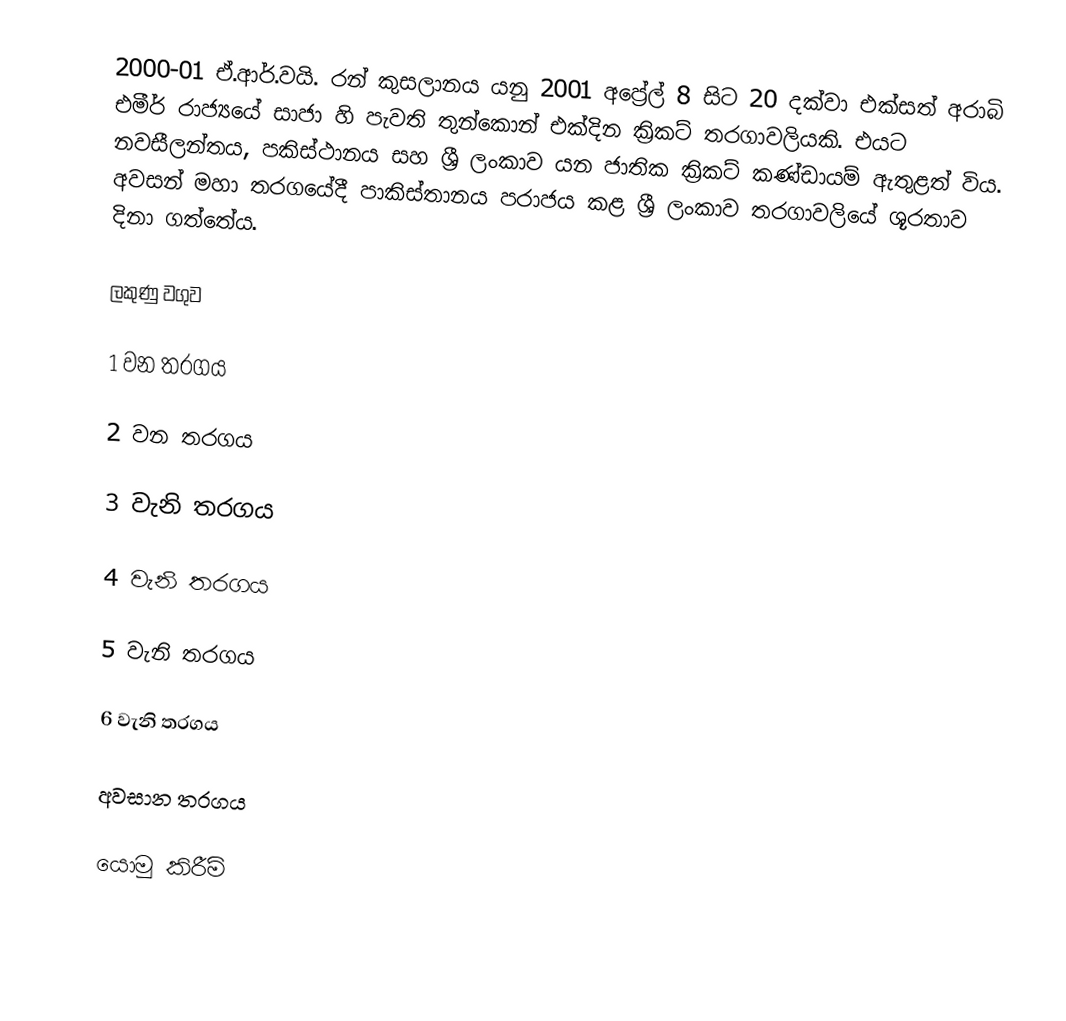
2000-01 ඒ.ආර්.වයි. රන් කුසලානය යනු 2001 අප්‍රේල් 8 සිට 20 දක්වා එක්සත් අරාබි එමීර් රාජ්‍යයේ සාජා හි පැවති තුන්කොන් එක්දින ක්‍රිකට් තරගාවලියකි.  එයට නවසීලන්තය, පකිස්ථානය සහ ශ්‍රී ලංකාව යන ජාතික ක්‍රිකට් කණ්ඩායම් ඇතුළත් විය. අවසන් මහා තරගයේදී පාකිස්තානය පරාජය කළ ශ්‍රී ලංකාව තරගාවලියේ ශූරතාව දිනා ගත්තේය.

ලකුණු වගුව

1 වන තරගය

2 වන තරගය

3 වැනි තරගය

4 වැනි තරගය

5 වැනි තරගය

6 වැනි තරගය

අවසාන තරගය

යොමු කිරීම්